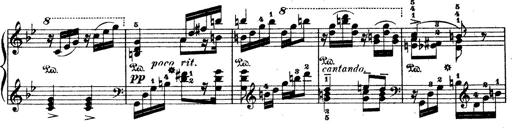
Title: Wagner-Liszt Album
Composer: Franz Liszt